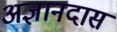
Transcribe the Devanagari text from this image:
अज्ञानदास